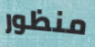
منظور